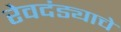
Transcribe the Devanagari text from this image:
रेवदंड्याचे